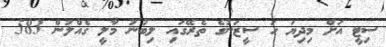
ސިޓީ އަށް މިދިޔަ ހަ ސީޒަނުގެ ތެރޭގައި ލިބުނު މާލީ ގެއްލުން 583